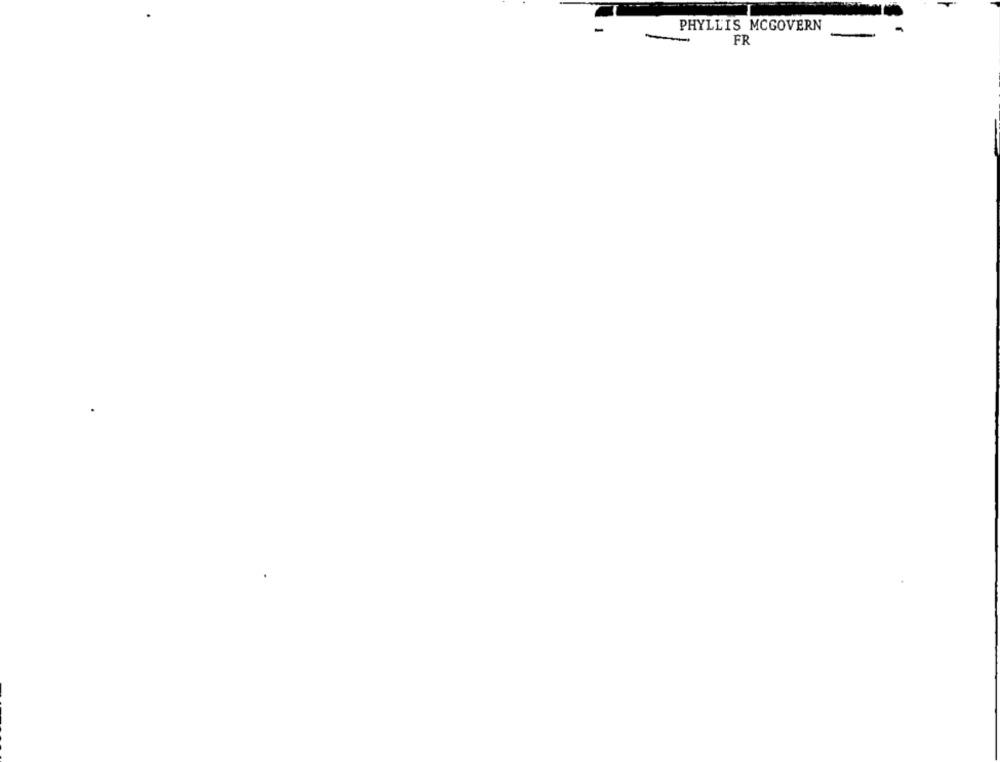
-
PHYLLIS MCGOVERN
FR